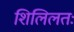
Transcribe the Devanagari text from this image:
शिलिलतः